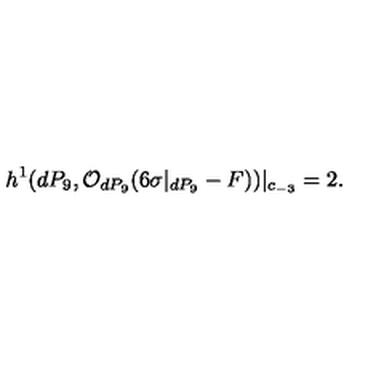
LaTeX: h ^ { 1 } ( d P _ { 9 } , { \cal O } _ { d P _ { 9 } } ( 6 \sigma | _ { d P _ { 9 } } - F ) ) | _ { c _ { - 3 } } = 2 .